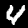
Digit: 4